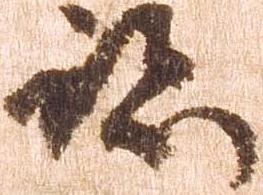
跡